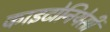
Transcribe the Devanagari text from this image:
काइटोनियेसी